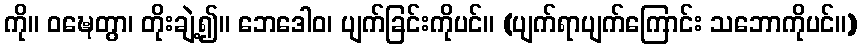
ကို။ ဝဍ္ဎေတွာ၊ တိုးချဲ့၍။ ဘေဒေါဝ၊ ပျက်ခြင်းကိုပင်။ (ပျက်ရာပျက်ကြောင်း သဘောကိုပင်။)